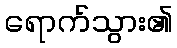
ရောက်သွား၏